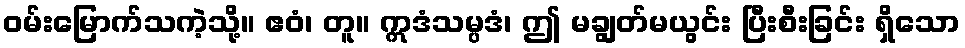
ဝမ်းမြောက်သကဲ့သို့။ ဧဝံ၊ တူ။ ဣဒံသမ္ပဒံ၊ ဤ မချွတ်မယွင်း ပြီးစီးခြင်း ရှိသော